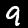
Digit: 9